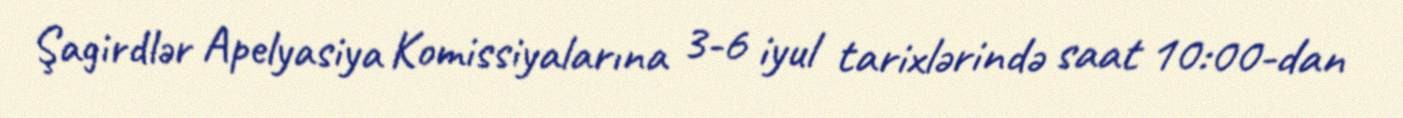
Şagirdlər Apelyasiya Komissiyalarına 3-6 iyul tarixlərində saat 10:00-dan